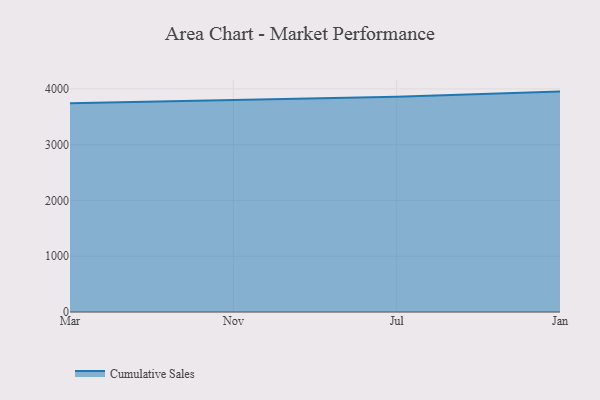
{"axis": {"x": "Month", "y": "Revenue (USD Million)"}, "legend": ["Cumulative Sales"], "data": [{"x": "Mar", "y": 3744.2, "type": "Cumulative Sales"}, {"x": "Nov", "y": 3802.2, "type": "Cumulative Sales"}, {"x": "Jul", "y": 3859.1, "type": "Cumulative Sales"}, {"x": "Jan", "y": 3952.0, "type": "Cumulative Sales"}]}